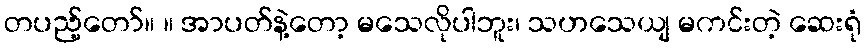
တပည့်တော်။ ။ အာပတ်နဲ့တော့ မသေလိုပါဘူး၊ သဟသေယျ မကင်းတဲ့ ဆေးရုံ